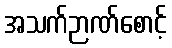
အသက်ဉာဏ်စောင့်